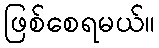
ဖြစ်စေရမယ်။